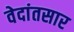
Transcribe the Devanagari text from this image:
वेदांतसार